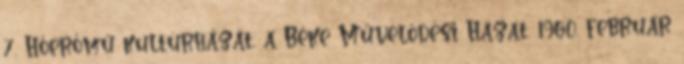
7. Hőerőmű kultúrházát, a Béke Művelődési Házat. 1960. február